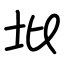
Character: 㘩